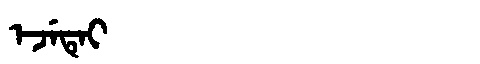
Manchu: ᡝᠵᡝᡨᡝᡳ
Romanization: EJETEI